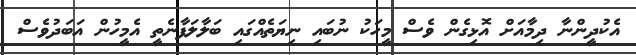
އެކުދީންނާ ދިމާއަށް އޮޅިގެން ވެސް މީހަކު ނުބައި ނިޔަތެއްގައި ބަލާލަފާނެތީ އެމީހުން އަބަދުވެސް